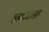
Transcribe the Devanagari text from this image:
अवजारात